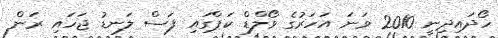
ހޯދައިދިނީ 2010 ވަނަ އަހަރުގެ ވޯލްޑް ކަޕްގައި ފަސް ލަނޑު ޖަހައި ރަން